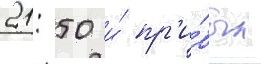
21: 50 и́ пр'и́был